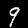
Digit: 9